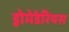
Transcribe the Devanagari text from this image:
ड्रोमेडेरियस